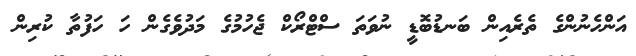
އަންހެނުންގެ ތެރެއިން ބަނޑުބޮޑީ ނުވަތަ ސްޓްރޯކް ޖެހުމުގެ މަދުވެގެން ހަ ހަފުތާ ކުރިން